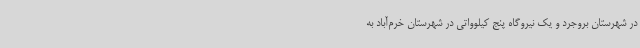
در شهرستان بروجرد و یک نیروگاه پنج کیلوواتی در شهرستان خرم‌آباد به